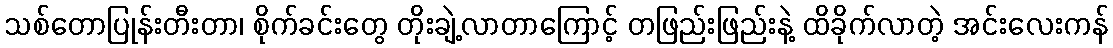
သစ်တောပြုန်းတီးတာ၊ စိုက်ခင်းတွေ တိုးချဲ့လာတာကြောင့် တဖြည်းဖြည်းနဲ့ ထိခိုက်လာတဲ့ အင်းလေးကန်